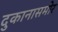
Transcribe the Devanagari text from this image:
दुकानासमोर